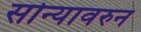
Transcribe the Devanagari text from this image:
सोन्यावरुन